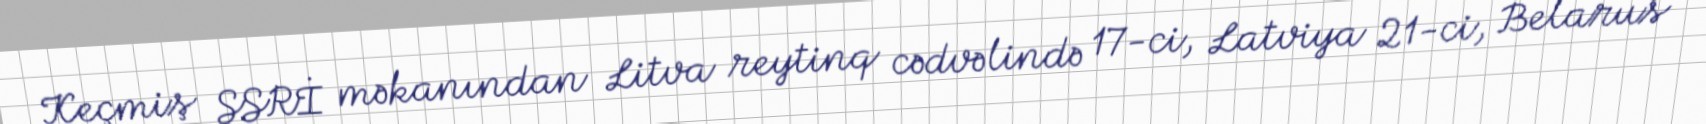
Keçmiş SSRİ məkanından Litva reytinq cədvəlində 17-ci, Latviya 21-ci, Belarus